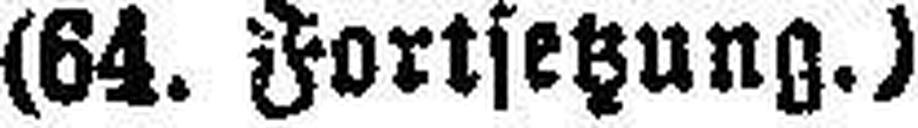
(64. Fortsetzung.)